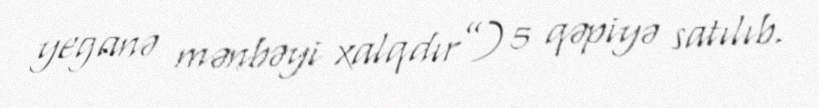
yeganə mənbəyi xalqdır”) 5 qəpiyə satılıb.